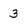
Character: 3